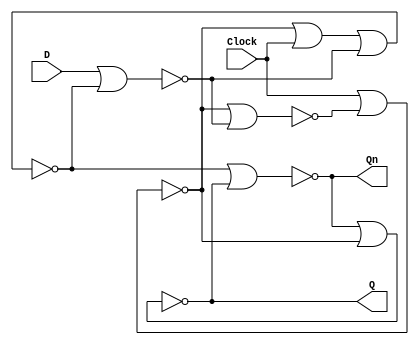
// Copyright (C) 2020  Intel Corporation. All rights reserved.
// Your use of Intel Corporation's design tools, logic functions 
// and other software and tools, and any partner logic 
// functions, and any output files from any of the foregoing 
// (including device programming or simulation files), and any 
// associated documentation or information are expressly subject 
// to the terms and conditions of the Intel Program License 
// Subscription Agreement, the Intel Quartus Prime License Agreement,
// the Intel FPGA IP License Agreement, or other applicable license
// agreement, including, without limitation, that your use is for
// the sole purpose of programming logic devices manufactured by
// Intel and sold by Intel or its authorized distributors.  Please
// refer to the applicable agreement for further details, at
// https://fpgasoftware.intel.com/eula.

// PROGRAM		"Quartus Prime"
// VERSION		"Version 20.1.0 Build 711 06/05/2020 SJ Standard Edition"
// CREATED		"Thu Nov 05 16:16:11 2020"

module lab9step3c(
	Clock,
	D,
	Q,
	Qn
);


input wire	Clock;
input wire	D;
output wire	Q;
output wire	Qn;

wire	SYNTHESIZED_WIRE_10;
wire	SYNTHESIZED_WIRE_11;
wire	SYNTHESIZED_WIRE_2;
wire	SYNTHESIZED_WIRE_12;
wire	SYNTHESIZED_WIRE_5;
wire	SYNTHESIZED_WIRE_6;

assign	Q = SYNTHESIZED_WIRE_5;
assign	Qn = SYNTHESIZED_WIRE_6;



assign	SYNTHESIZED_WIRE_2 = ~(SYNTHESIZED_WIRE_10 | SYNTHESIZED_WIRE_11);

assign	SYNTHESIZED_WIRE_10 = ~(Clock | SYNTHESIZED_WIRE_2);

assign	SYNTHESIZED_WIRE_11 = ~(D | SYNTHESIZED_WIRE_12);

assign	SYNTHESIZED_WIRE_6 = ~(SYNTHESIZED_WIRE_12 | SYNTHESIZED_WIRE_5);

assign	SYNTHESIZED_WIRE_5 = ~(SYNTHESIZED_WIRE_6 | SYNTHESIZED_WIRE_10);

assign	SYNTHESIZED_WIRE_12 = ~(SYNTHESIZED_WIRE_10 | Clock | SYNTHESIZED_WIRE_11);


endmodule